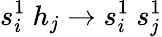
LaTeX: s_{i}^{1}\ h_{j}\to s_{i}^{1}\ s_{j}^{1}